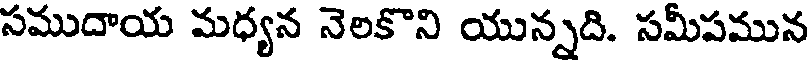
సముదాయ మధ్యన నెలకొని యున్నది. సమీపమున